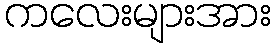
ကလေးများအား